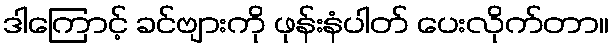
ဒါကြောင့် ခင်ဗျားကို ဖုန်းနံပါတ် ပေးလိုက်တာ။